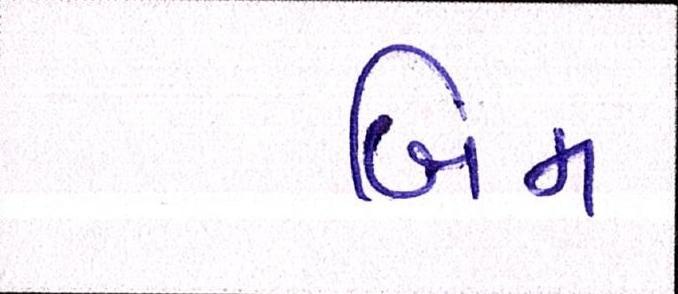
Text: બિમ